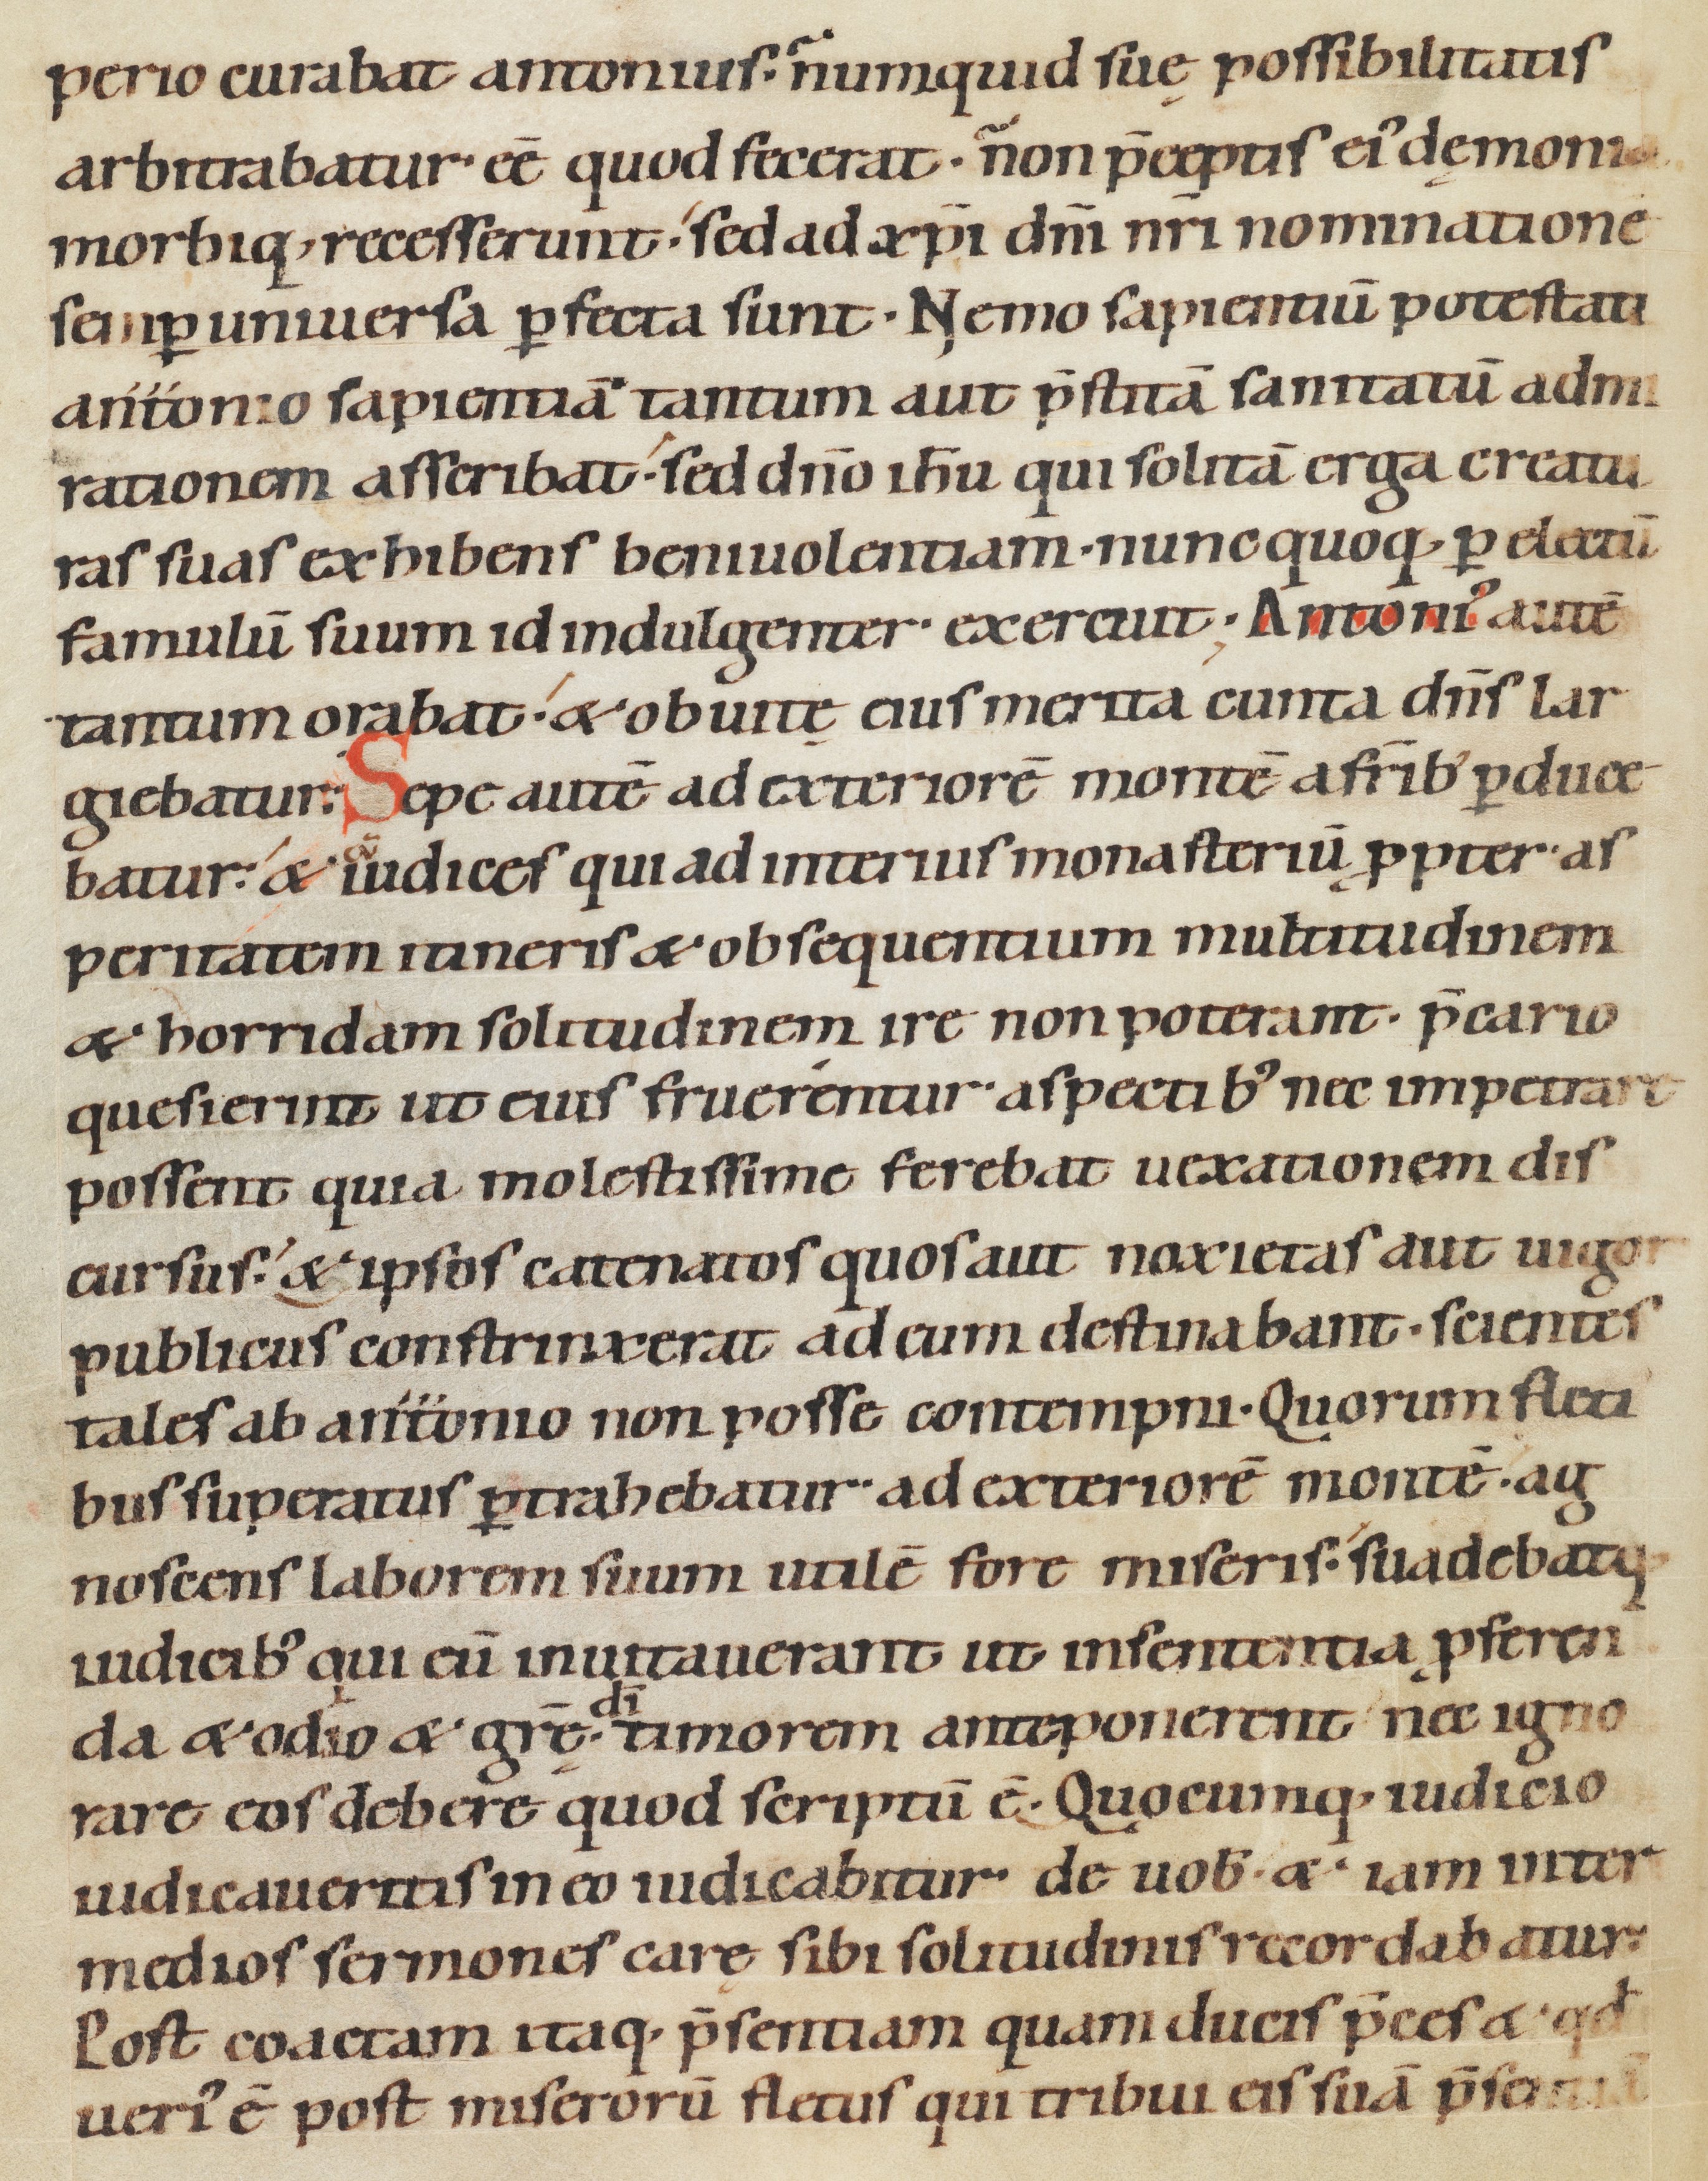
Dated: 1080–1096